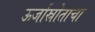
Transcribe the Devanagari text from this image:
ऊर्जास्रोताचा